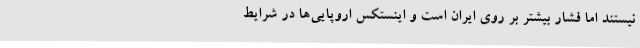
نیستند اما فشار بیشتر بر روی ایران است و اینستکس اروپایی‌ها در شرایط